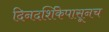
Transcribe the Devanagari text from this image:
दिनदर्शिकेपासूनच